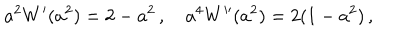
LaTeX: a ^ { 2 } W ^ { \prime } ( a ^ { 2 } ) = 2 - a ^ { 2 } \, , \quad a ^ { 4 } W ^ { \prime \prime } ( a ^ { 2 } ) = 2 ( 1 - a ^ { 2 } ) \, ,